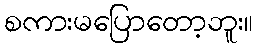
စကားမပြောတော့ဘူး။